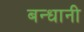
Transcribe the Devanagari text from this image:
बन्धानी